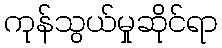
ကုန်သွယ်မှုဆိုင်ရာ